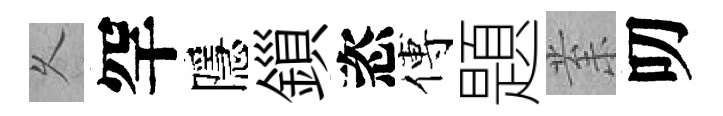
乆罕隱鎻恣傅題𭪙叨